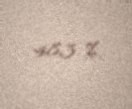
48,3 %.